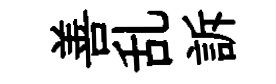
善乱訴